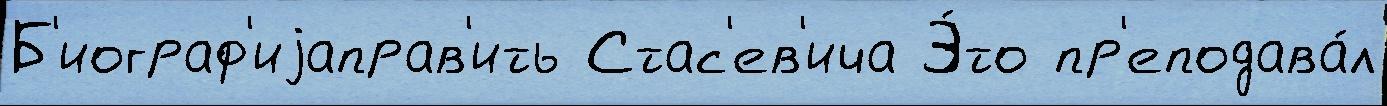
Б'иограф'иjаправ'ить Стас'ев'ича Э́то пр'еподава́л